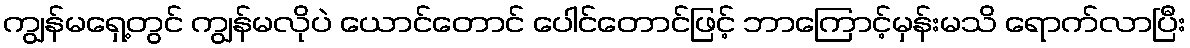
ကျွန်မရှေ့တွင် ကျွန်မလိုပဲ ယောင်တောင် ပေါင်တောင်ဖြင့် ဘာကြောင့်မှန်းမသိ ရောက်လာပြီး